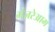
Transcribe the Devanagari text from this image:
मंज़रेआम